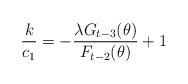
LaTeX: \begin{align*} \frac{k}{c_1}=-\frac{\lambda G_{t-3}(\theta)}{F_{t-2}(\theta)}+1\end{align*}